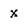
Character: x